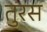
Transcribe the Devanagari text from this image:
तुरस